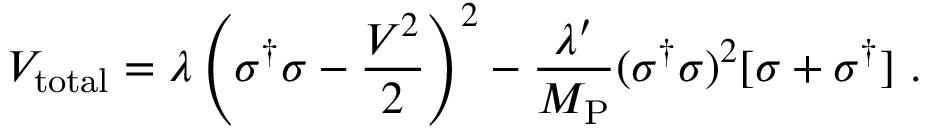
V _ { \mathrm { t o t a l } } = \lambda \left( \sigma ^ { \dagger } \sigma - \frac { V ^ { 2 } } { 2 } \right) ^ { 2 } - \frac { \lambda ^ { \prime } } { M _ { \mathrm { P } } } ( \sigma ^ { \dagger } \sigma ) ^ { 2 } [ \sigma + \sigma ^ { \dagger } ] ~ .